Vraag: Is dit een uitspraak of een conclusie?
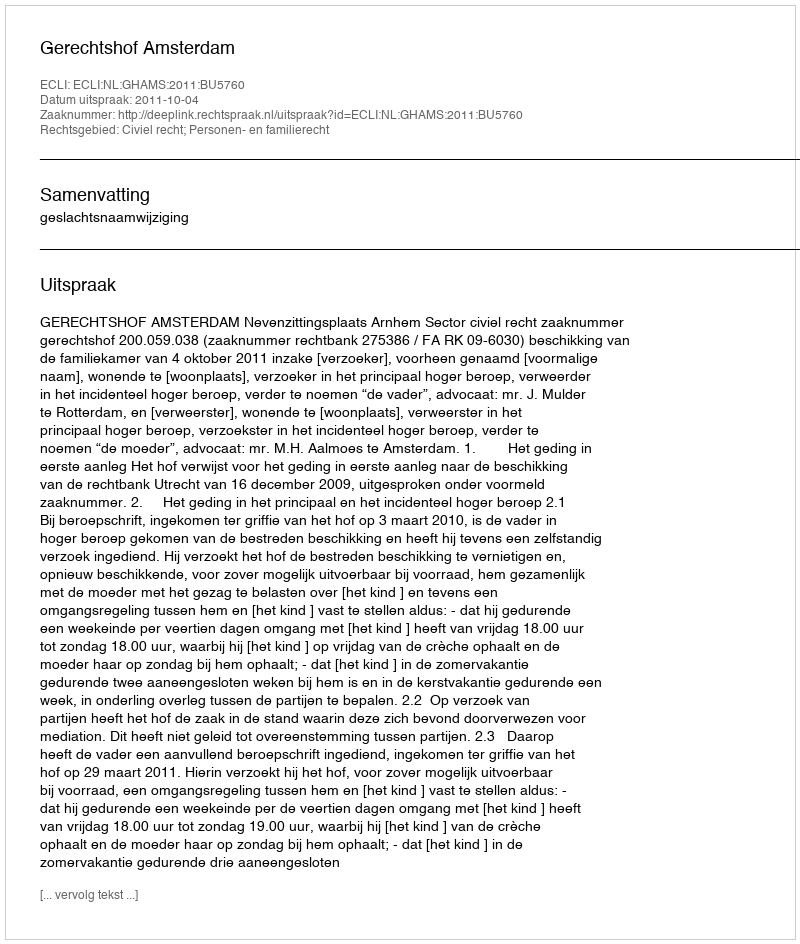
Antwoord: Uitspraak